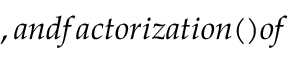
, a n d f a c t o r i z a t i o n ( ) o f